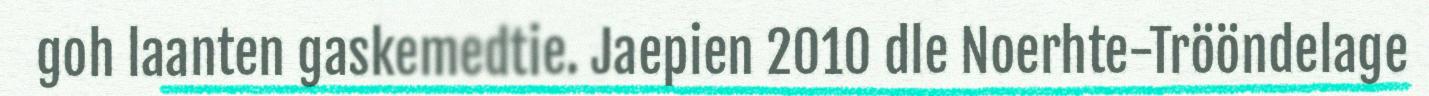
goh laanten gaskemedtie. Jaepien 2010 dle Noerhte-Trööndelage